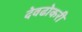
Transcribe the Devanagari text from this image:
देवढोकरी